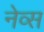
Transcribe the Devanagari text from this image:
नेव्स